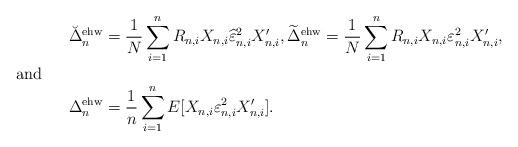
LaTeX: \begin{align*}\breve\Delta^\mathrm{ehw}_n&=\frac{1}{N}\sum_{i=1}^nR_{n,i}X_{n,i}\widehat\varepsilon_{n,i}^2X_{n,i}^{\prime },\widetilde\Delta^\mathrm{ehw}_n=\frac{1}{N}\sum_{i=1}^nR_{n,i}X_{n,i}\varepsilon_{n,i}^2X_{n,i}^{\prime }, \\\shortintertext{and} \Delta^\mathrm{ehw}_n&=\frac{1}{n}\sum_{i=1}^nE[X_{n,i}\varepsilon_{n,i}^2X_{n,i}^{\prime }].\end{align*}